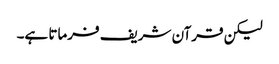
لیکن قرآن شریف فرماتا ہے۔